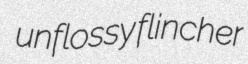
unflossy flincher